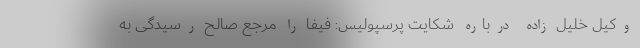
وکیل خلیل زاده درباره شکایت پرسپولیس: فیفا را مرجع صالح رسیدگی به